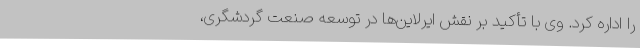
را اداره کرد. وی با تأکید بر نقش ایرلاین‌ها در توسعه صنعت گردشگری،